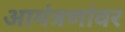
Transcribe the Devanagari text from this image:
आमंत्रणांवर